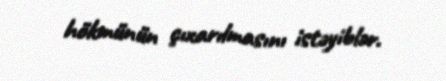
hökmünün çıxarılmasını istəyiblər.